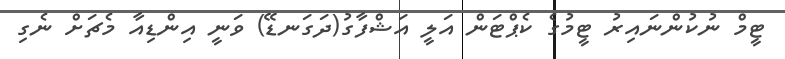
ޓީމް ނުކުންނައިރު ޓީމުގެ ކެޕްޓަން އަލީ އަޝްފާގު(ދަގަނޑޭ) ވަނީ އިންޑިއާ މެޗަށް ނެގި